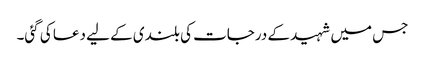
جس میں شہید کے درجات کی بلندی کے لیے دعا کی گئی۔